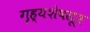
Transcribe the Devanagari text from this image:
गृह्यशेषसूत्र